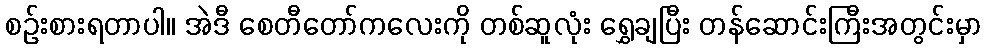
စဉ်းစားရတာပါ။ အဲဒီ စေတီတော်ကလေးကို တစ်ဆူလုံး ရွှေချပြီး တန်ဆောင်းကြီးအတွင်းမှာ